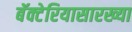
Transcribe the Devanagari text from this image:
बॅक्टेरियासारख्या